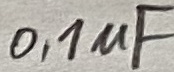
Text: 0,1µF